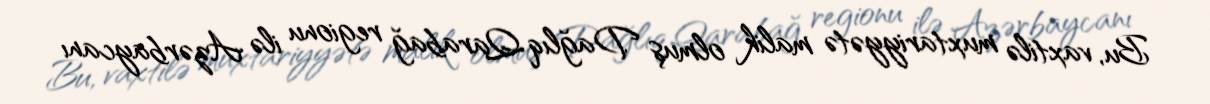
Bu, vaxtilə muxtariyyətə malik olmuş Dağlıq Qarabağ regionu ilə Azərbaycanı